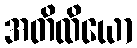
အတိထိယော